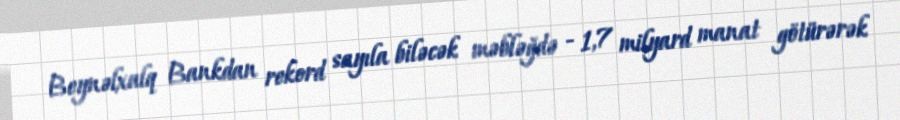
Beynəlxalq Bankdan rekord sayıla biləcək məbləğdə - 1,7 milyard manat götürərək